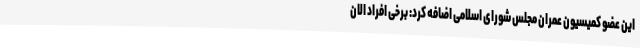
این عضو کمیسیون عمران مجلس شورای اسلامی اضافه کرد: برخی افراد الان